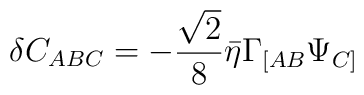
\delta C_{ABC}=-{\sqrt 2\over 8}\bar\eta  \Gamma_{[AB}\Psi_{C]}